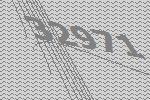
32971